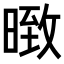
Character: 𭧇